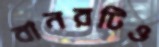
বানরটিও